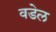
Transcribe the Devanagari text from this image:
वडेल